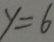
y = 6